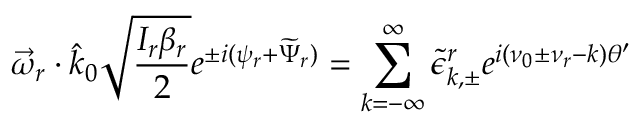
\vec { \omega } _ { r } \cdot \hat { k } _ { 0 } \sqrt { \frac { I _ { r } \beta _ { r } } { 2 } } e ^ { \pm i ( \psi _ { r } + \widetilde { \Psi } _ { r } ) } = \sum _ { k = - \infty } ^ { \infty } \tilde { \epsilon } _ { k , \pm } ^ { r } e ^ { i ( \nu _ { 0 } \pm \nu _ { r } - k ) \theta ^ { \prime } }